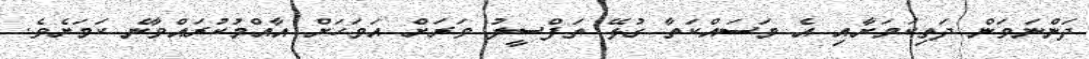
ދަންނަވަން ދަތިކަމަށާއި އެ މަސައްކަތާ ގުޅޭ ތަފްސީލު ވަރަށް އަވަހަށް އާއްމުކުރައްވާނެ ކަމަށެވެ.